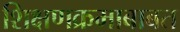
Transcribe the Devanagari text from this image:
शिक्षणक्रमाबाबत